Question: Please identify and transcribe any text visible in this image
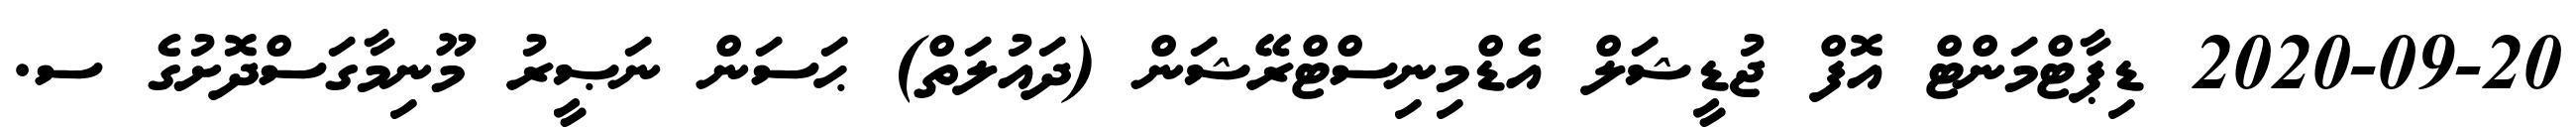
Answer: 2020-09-20 ޑިޕާޓްމަންޓް އޮފް ޖުޑީޝަލް އެޑްމިނިސްޓްރޭޝަން (ދައުލަތް) ޙަސަން ނަޞީރު މޫނިމާގަސްދޮށުގެ ސ.